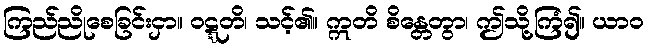
ကြည်ညိုစေခြင်းငှာ။ ဝဋ္ဋတိ၊ သင့်၏။ ဣတိ စိန္တေတွာ၊ ဤသို့ကြံ၍။ ယာဝ